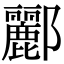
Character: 酈